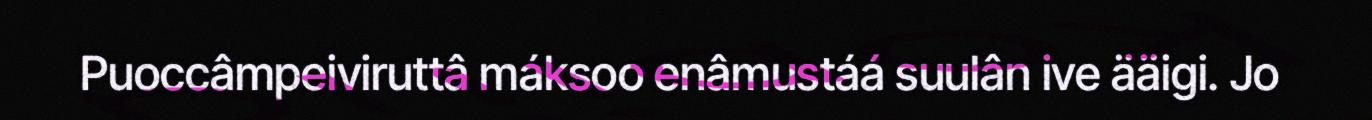
Puoccâmpeiviruttâ máksoo enâmustáá suulân ive ääigi. Jo